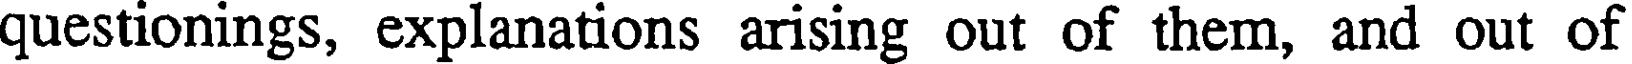
questionings, explanations arising out of them, and out of